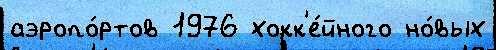
аэропо́ртов 1976 хокк'е́йного но́вых